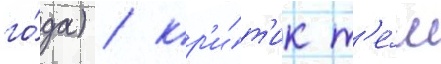
го́да) / кр'и́т'ик т'е́м